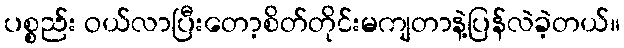
ပစ္စည်း ဝယ်လာပြီးတော့စိတ်တိုင်းမကျတာနဲ့ပြန်လဲခဲ့တယ်။